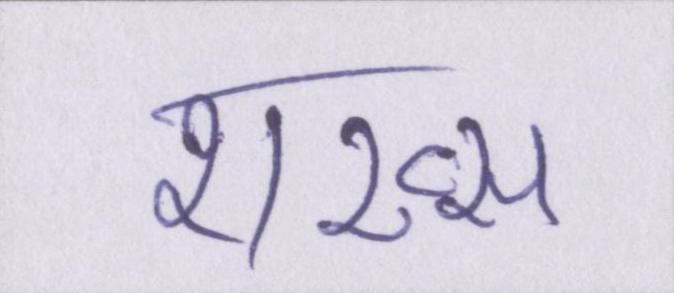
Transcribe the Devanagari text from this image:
शख्स